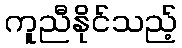
ကူညီနိုင်သည့်